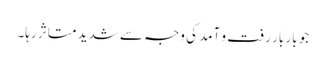
جو بار بار رفت و آمد کی وجہ سے شدید متاثر رہا۔